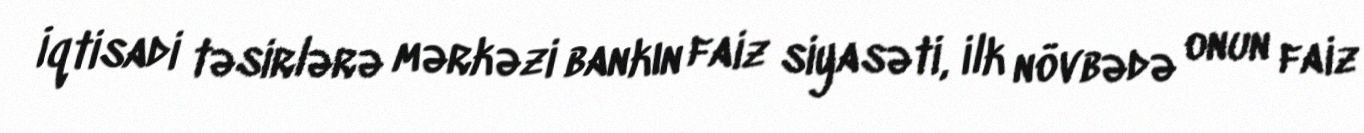
İqtisadi təsirlərə mərkəzi bankın faiz siyasəti, ilk növbədə onun faiz